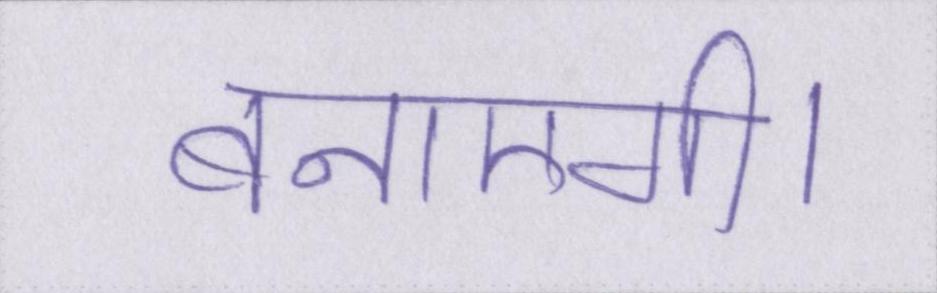
बनाएगी।